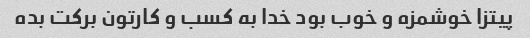
پیتزا خوشمزه و خوب بود خدا به کسب و کارتون برکت بده